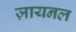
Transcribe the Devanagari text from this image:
ज़ायनल